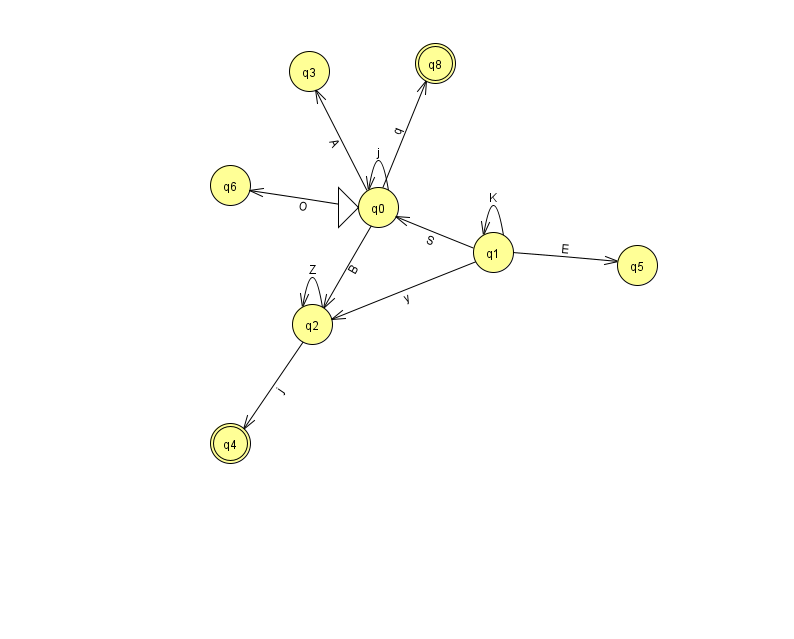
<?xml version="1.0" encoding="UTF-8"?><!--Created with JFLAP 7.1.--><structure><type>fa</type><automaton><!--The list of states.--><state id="0" name="q0"><x>378.0</x><y>194.0</y><initial/></state><state id="1" name="q1"><x>493.0</x><y>239.0</y></state><state id="2" name="q2"><x>312.0</x><y>311.0</y></state><state id="3" name="q3"><x>309.0</x><y>58.0</y></state><state id="4" name="q4"><x>230.0</x><y>430.0</y><final/></state><state id="5" name="q5"><x>637.0</x><y>252.0</y></state><state id="6" name="q6"><x>230.0</x><y>172.0</y></state><state id="8" name="q8"><x>435.0</x><y>50.0</y><final/></state><!--The list of transitions.--><transition><from>1</from><to>0</to><read>S</read></transition><transition><from>1</from><to>2</to><read>y</read></transition><transition><from>0</from><to>8</to><read>q</read></transition><transition><from>0</from><to>0</to><read>j</read></transition><transition><from>1</from><to>5</to><read>E</read></transition><transition><from>2</from><to>2</to><read>Z</read></transition><transition><from>0</from><to>2</to><read>B</read></transition><transition><from>0</from><to>3</to><read>A</read></transition><transition><from>0</from><to>6</to><read>O</read></transition><transition><from>1</from><to>1</to><read>K</read></transition><transition><from>2</from><to>4</to><read>j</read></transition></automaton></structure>